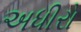
અધીરો